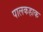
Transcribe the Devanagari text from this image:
पालकहाक